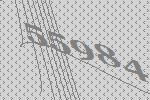
55984